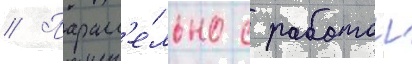
// Паралл'е́льно с работои